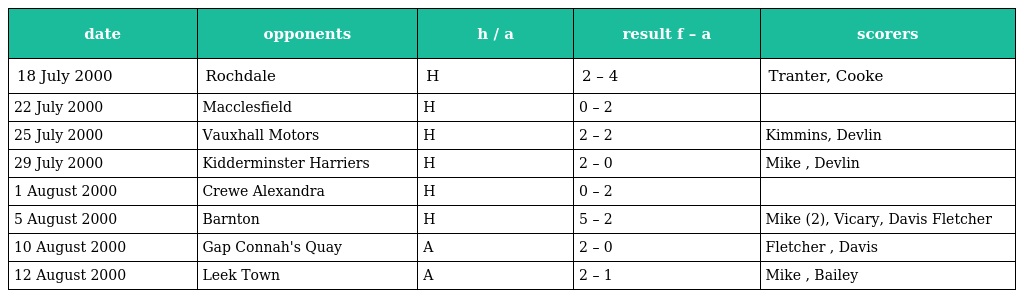
| date | opponents | h / a | result f – a | scorers |
 | --- | --- | --- | --- | --- |
 | 18 July 2000 | Rochdale | H | 2 – 4 | Tranter, Cooke |
 | 22 July 2000 | Macclesfield | H | 0 – 2 |  |
 | 25 July 2000 | Vauxhall Motors | H | 2 – 2 | Kimmins, Devlin |
 | 29 July 2000 | Kidderminster Harriers | H | 2 – 0 | Mike , Devlin |
 | 1 August 2000 | Crewe Alexandra | H | 0 – 2 |  |
 | 5 August 2000 | Barnton | H | 5 – 2 | Mike (2), Vicary, Davis Fletcher |
 | 10 August 2000 | Gap Connah's Quay | A | 2 – 0 | Fletcher , Davis |
 | 12 August 2000 | Leek Town | A | 2 – 1 | Mike , Bailey |